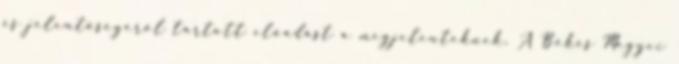
és jelentőségéről tartott előadást a megjelenteknek. A Békés Megyei